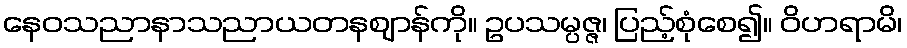
နေဝသညာနာသညာယတနဈာန်ကို။ ဥပသမ္ပဇ္ဇ၊ ပြည့်စုံစေ၍။ ဝိဟရာမိ၊